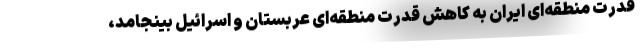
قدرت منطقه‌ای ایران به کاهشِ قدرتِ منطقه‌ای عربستان و اسرائیل بینجامد،